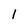
Character: 1